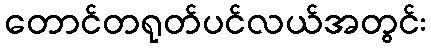
တောင်တရုတ်ပင်လယ်အတွင်း